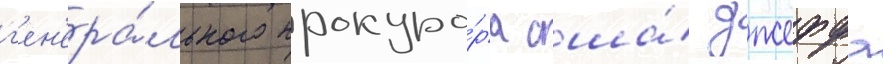
г'ен'ера́льного прокуро́ра сша́ джеффа